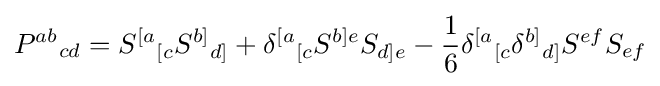
P^{ab}{}_{cd}=S^{[a}{}_{[c}S^{b]}{}_{d]}+\delta ^{[a}{}_{[c}S^{b]e}S_{d]e}-{\frac {1}{6}}\delta ^{[a}{}_{[c}\delta ^{b]}{}_{d]}S^{ef}S_{ef}